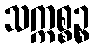
သက္ကစ္စဉ္စ